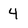
Character: 4